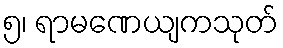
၅၊ ရာမဏေယျကသုတ်